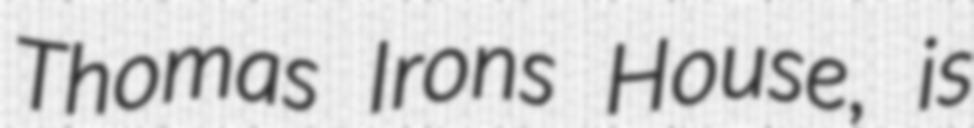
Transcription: Thomas Irons House, is